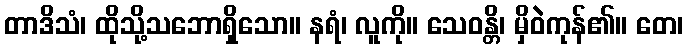
တာဒိသံ၊ ထိုသို့သဘောရှိသော။ နရံ၊ လူကို။ သေဝန္တိ၊ မှိဝဲကုန်၏။ တေ၊